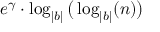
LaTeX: e ^ { \gamma } \cdot \log _ { | b | } { \big ( } \log _ { | b | } ( n ) { \big ) }